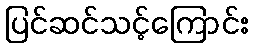
ပြင်ဆင်သင့်ကြောင်း